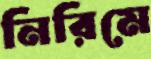
নিরিমে